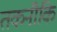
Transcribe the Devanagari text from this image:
तकनीकि